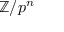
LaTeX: \mathbb { Z } / p ^ { n }